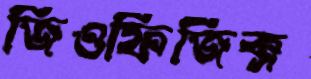
জিওফিজিক্স